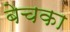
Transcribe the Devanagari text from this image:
बेचका